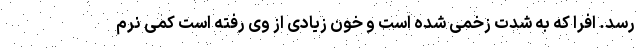
رسد. افرا که به شدت زخمی شده است و خون زیادی از وی رفته است کمی نرم